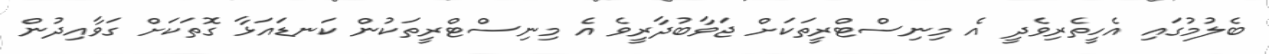
ބެލުމުގައި އެހީތެރިވެދީ އެ މިނިސްޓްރީތަކަށް ޖަވާބުދާރީވެ އެ މިނިސްޓްރީތަކުން ކަނޑައަޅާ ގޮތަކަށް ގަވާއިދުން